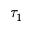
\tau _ { 1 }